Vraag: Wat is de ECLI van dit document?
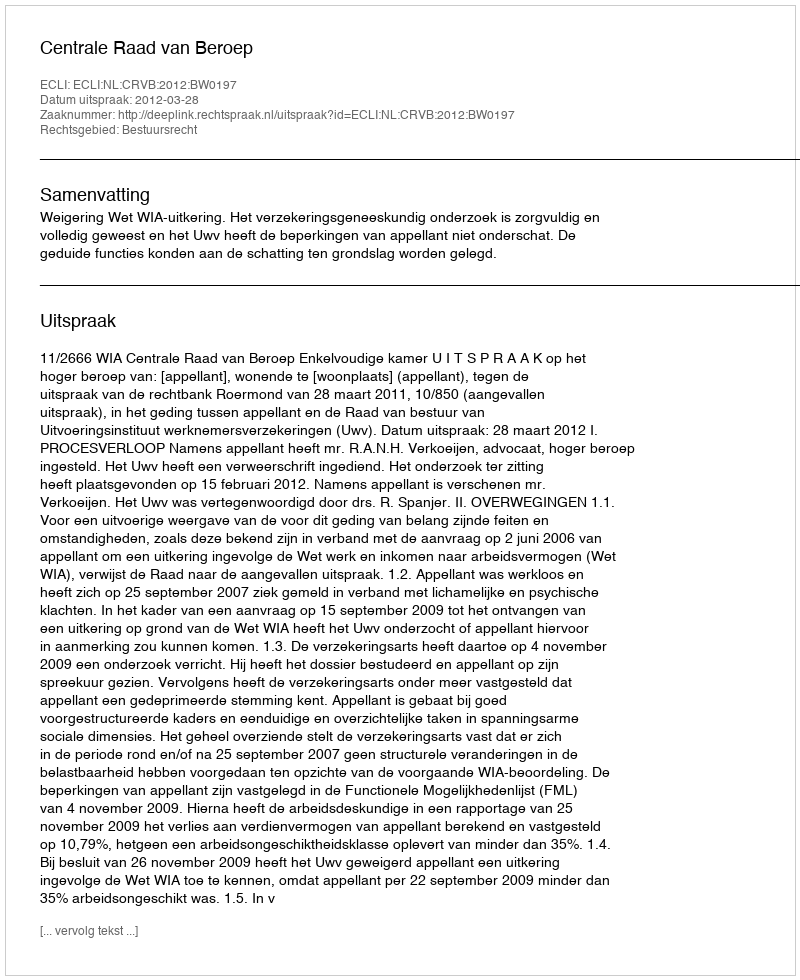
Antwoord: ECLI:NL:CRVB:2012:BW0197